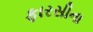
ફારસીના